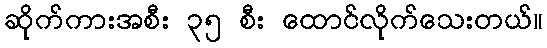
ဆိုက်ကားအစီး ၃၅ စီး ထောင်လိုက်သေးတယ်။